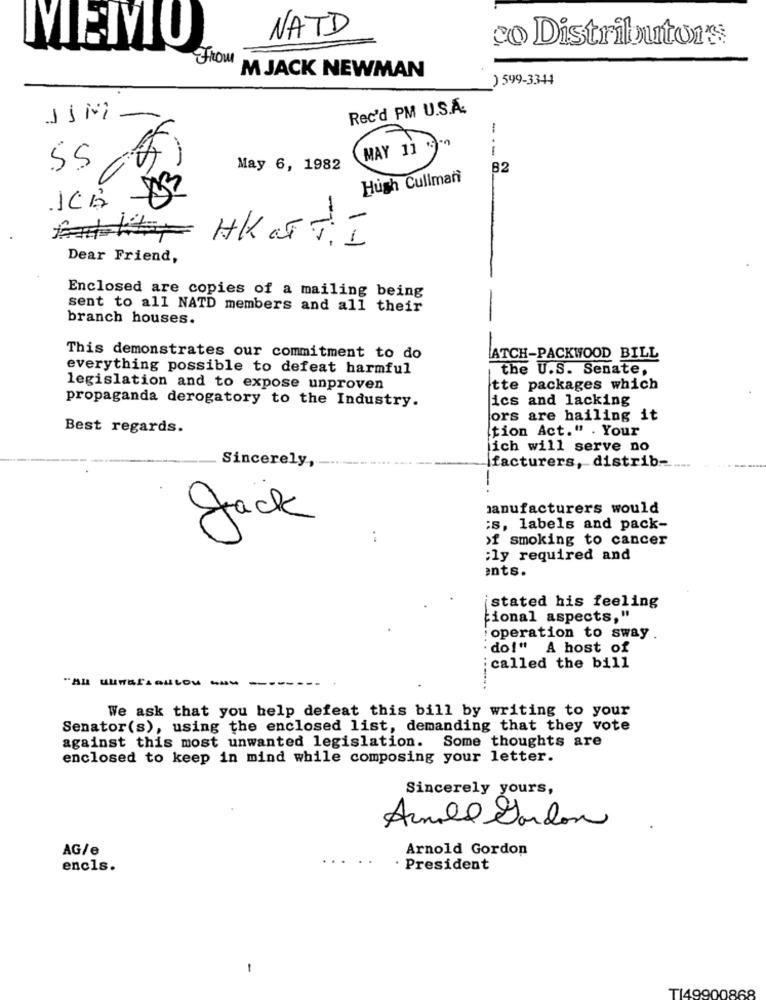
NATD
co Distributors
MEIO
From
M JACK NEWMAN
) 599-3344
Rec'd PM U.S.A.
MAY 11
--
55
May 6, 1982
82
Hush Cullmani
ICA
HK art. I
Dear Friend,
Enclosed are copies of a mailing being
sent to all NATD members and all their
branch houses.
This demonstrates our commitment to do
ATCH-PACKWOOD BILL
everything possible to defeat harmful
the U.S. Senate,
legislation and to expose unproven
tte packages which
propaganda derogatory to the Industry.
ics and lacking
ors are hailing it
Best regards.
tion Act." . Your
ich will serve no
Sincerely,
facturers, distrib-
manufacturers would
Jack
:s, labels and pack-
:
>f smoking to cancer
;ly required and
ents.
istated his feeling
tional aspects,"
operation to sway .
do!" A host of
called the bill
"Au uumariautou "UN
We ask that you help defeat this bill by writing to your
Senator(s), using the enclosed list, demanding that they vote
against this most unwanted legislation. Some thoughts are
enclosed to keep in mind while composing your letter.
Sincerely yours,
Arnold Gordon
AG/e
Arnold Gordon
encls.
· President
-
T149900868